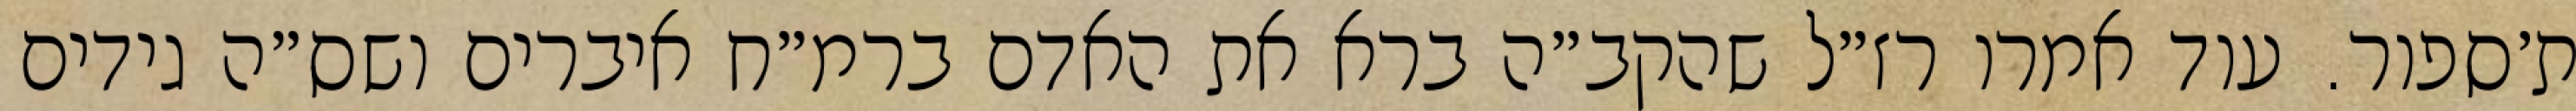
ת׳ספור. עוד אמרו רז״ל שהקב״ה ברא את האדם ברמ״ח איברים ושס״ה גידים